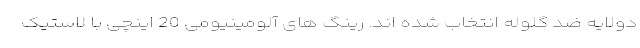
دولایه ضد گلوله انتخاب شده اند. رینگ های آلومینیومی 20 اینچی با لاستیک